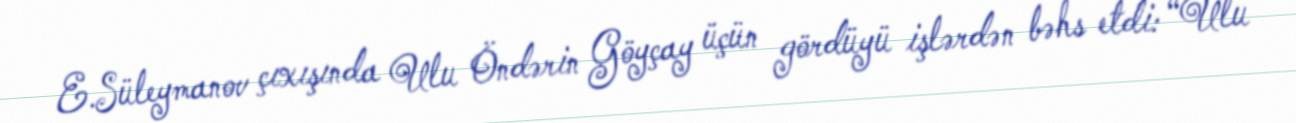
E.Süleymanov çıxışında Ulu Öndərin Göyçay üçün gördüyü işlərdən bəhs etdi: “Ulu